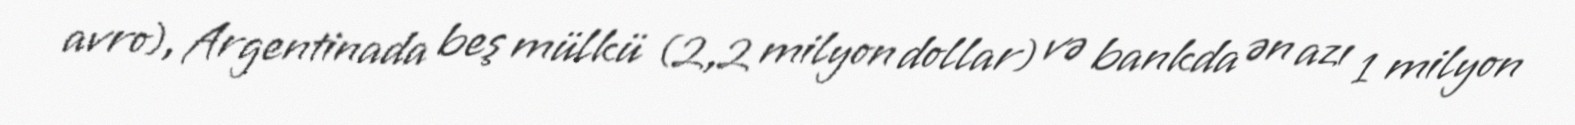
avro), Argentinada beş mülkü (2,2 milyon dollar) və bankda ən azı 1 milyon